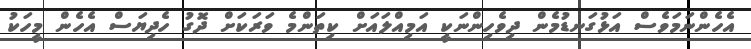
އެހެންނަމަވެސް އަޅުގަނޑުމެން ދިވެހިންނަކީ އަމިއްލައަށް ކިތަންމެ ވަރަކަށް ދޮގު ހެދިޔަސް އެހެން މީހަކު